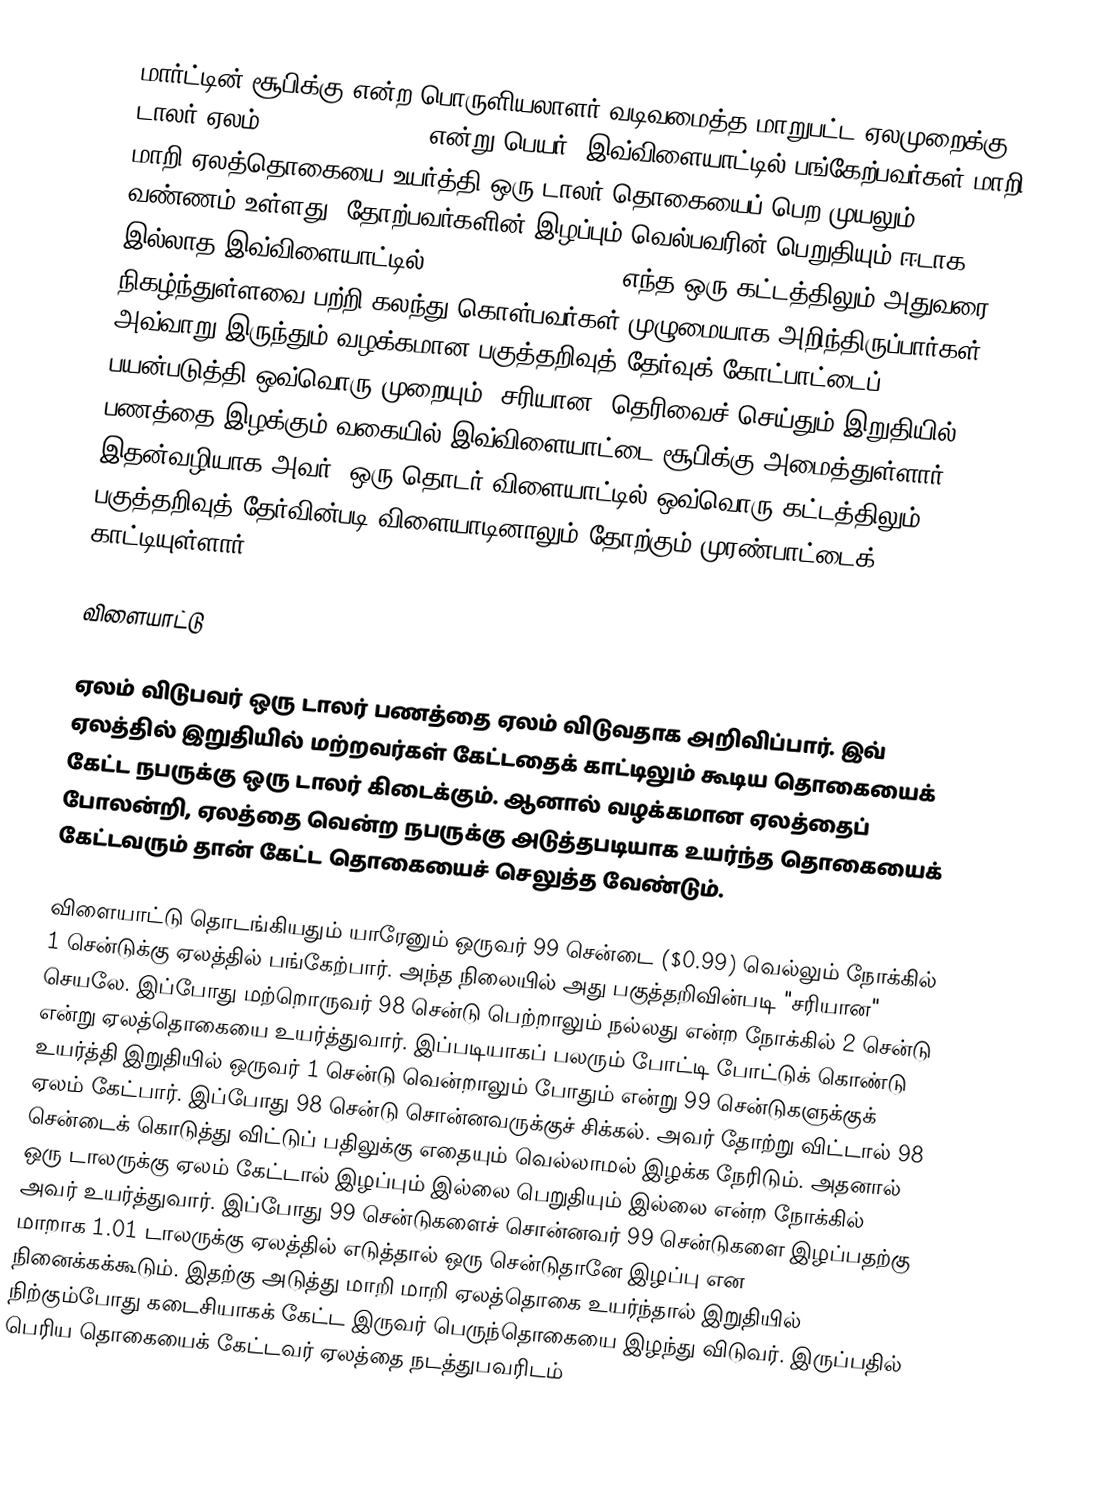
மார்ட்டின் சூபிக்கு என்ற பொருளியலாளர் வடிவமைத்த மாறுபட்ட ஏலமுறைக்கு டாலர் ஏலம் (Dollar auction) என்று பெயர். இவ்விளையாட்டில் பங்கேற்பவர்கள் மாறி மாறி ஏலத்தொகையை உயர்த்தி ஒரு டாலர் தொகையைப் பெற முயலும் வண்ணம் உள்ளது. தோற்பவர்களின் இழப்பும் வெல்பவரின் பெறுதியும் ஈடாக இல்லாத இவ்விளையாட்டில் (non-zero sum game) எந்த ஒரு கட்டத்திலும் அதுவரை நிகழ்ந்துள்ளவை பற்றி கலந்து கொள்பவர்கள் முழுமையாக அறிந்திருப்பார்கள். அவ்வாறு இருந்தும் வழக்கமான பகுத்தறிவுத் தேர்வுக் கோட்பாட்டைப் பயன்படுத்தி ஒவ்வொரு முறையும் "சரியான" தெரிவைச் செய்தும் இறுதியில் பணத்தை இழக்கும் வகையில் இவ்விளையாட்டை சூபிக்கு அமைத்துள்ளார். இதன்வழியாக அவர், ஒரு தொடர் விளையாட்டில் ஒவ்வொரு கட்டத்திலும் பகுத்தறிவுத் தேர்வின்படி விளையாடினாலும் தோற்கும் முரண்பாட்டைக் காட்டியுள்ளார்.

விளையாட்டு

ஏலம் விடுபவர் ஒரு டாலர் பணத்தை ஏலம் விடுவதாக அறிவிப்பார். இவ் ஏலத்தில் இறுதியில் மற்றவர்கள் கேட்டதைக் காட்டிலும் கூடிய தொகையைக் கேட்ட நபருக்கு ஒரு டாலர் கிடைக்கும். ஆனால் வழக்கமான ஏலத்தைப் போலன்றி, ஏலத்தை வென்ற நபருக்கு அடுத்தபடியாக உயர்ந்த தொகையைக் கேட்டவரும் தான் கேட்ட தொகையைச் செலுத்த வேண்டும்.

விளையாட்டு தொடங்கியதும் யாரேனும் ஒருவர் 99 சென்டை ($0.99) வெல்லும் நோக்கில் 1 சென்டுக்கு ஏலத்தில் பங்கேற்பார். அந்த நிலையில் அது பகுத்தறிவின்படி "சரியான" செயலே. இப்போது மற்றொருவர் 98 சென்டு பெற்றாலும் நல்லது என்ற நோக்கில் 2 சென்டு என்று ஏலத்தொகையை உயர்த்துவார். இப்படியாகப் பலரும் போட்டி போட்டுக் கொண்டு உயர்த்தி இறுதியில் ஒருவர் 1 சென்டு வென்றாலும் போதும் என்று 99 சென்டுகளுக்குக் ஏலம் கேட்பார். இப்போது 98 சென்டு சொன்னவருக்குச் சிக்கல். அவர் தோற்று விட்டால் 98 சென்டைக் கொடுத்து விட்டுப் பதிலுக்கு எதையும் வெல்லாமல் இழக்க நேரிடும். அதனால் ஒரு டாலருக்கு ஏலம் கேட்டால் இழப்பும் இல்லை பெறுதியும் இல்லை என்ற நோக்கில் அவர் உயர்த்துவார். இப்போது 99 சென்டுகளைச் சொன்னவர் 99 சென்டுகளை இழப்பதற்கு மாறாக 1.01 டாலருக்கு ஏலத்தில் எடுத்தால் ஒரு சென்டுதானே இழப்பு என நினைக்கக்கூடும். இதற்கு அடுத்து மாறி மாறி ஏலத்தொகை உயர்ந்தால் இறுதியில் நிற்கும்போது கடைசியாகக் கேட்ட இருவர் பெருந்தொகையை இழந்து விடுவர். இருப்பதில் பெரிய தொகையைக் கேட்டவர் ஏலத்தை நடத்துபவரிடம்